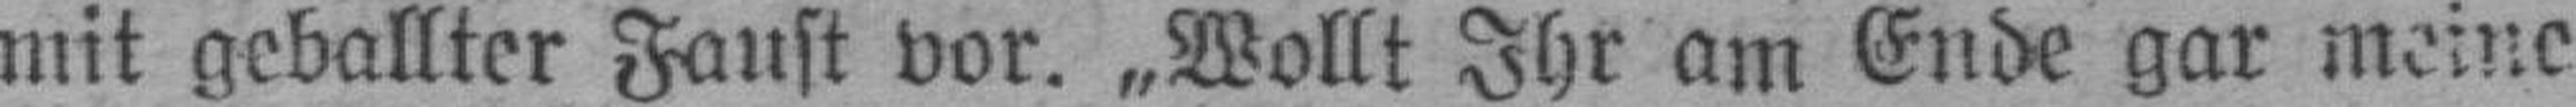
mit geballter Faust vor. „Wollt Ihr am Ende gar meine